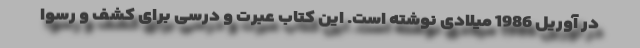
در آوریل 1986 میلادی نوشته است. این کتاب عبرت و درسی برای کشف و رسوا